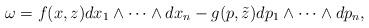
LaTeX: \begin{gather*}\omega = f(x, z) dx_1\wedge \cdots \wedge dx_n- g(p, \tilde{z}) dp_1\wedge \cdots \wedge dp_n,\end{gather*}